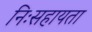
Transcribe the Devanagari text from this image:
निःसहायता